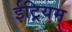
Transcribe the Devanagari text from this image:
ईट्रियम